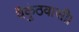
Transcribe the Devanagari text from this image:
वैकुंठवासी।